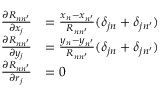
\begin{array} { r l } { \frac { \partial R _ { n n ^ { \prime } } } { \partial x _ { j } } } & { = \frac { x _ { n } - x _ { n ^ { \prime } } } { R _ { n n ^ { \prime } } } ( \delta _ { j n } + \delta _ { j n ^ { \prime } } ) } \\ { \frac { \partial R _ { n n ^ { \prime } } } { \partial y _ { j } } } & { = \frac { y _ { n } - y _ { n ^ { \prime } } } { R _ { n n ^ { \prime } } } ( \delta _ { j n } + \delta _ { j n ^ { \prime } } ) } \\ { \frac { \partial R _ { n n ^ { \prime } } } { \partial r _ { j } } } & { = 0 } \end{array}